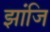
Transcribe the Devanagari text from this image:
झांजि